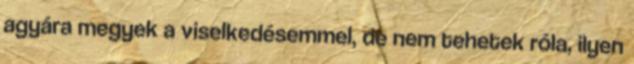
agyára megyek a viselkedésemmel, de nem tehetek róla, ilyen